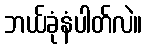
ဘယ်ခုံနံပါတ်လဲ။